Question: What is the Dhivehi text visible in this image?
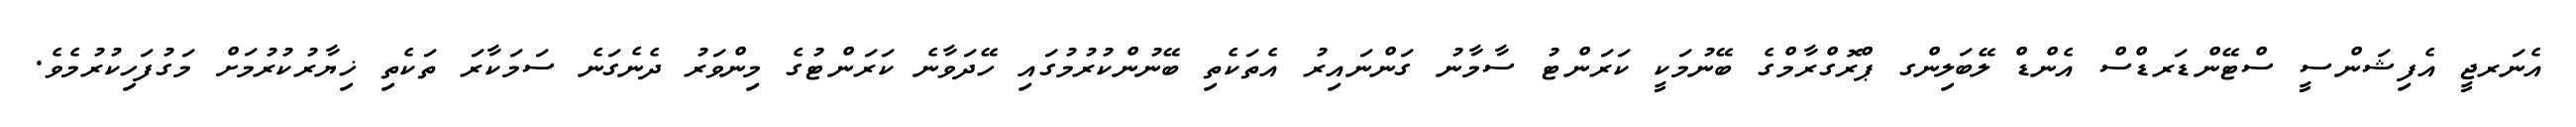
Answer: އެނަރޖީ އެފިޝަންސީ ސްޓޭންޑަރޑްސް އެންޑް ލޭބަލިންގ ޕްރޮގްރާމްގެ ބޭނުމަކީ ކަރަންޓު ސާމާނު ގަންނައިރު އެތަކެތި ބޭނުންކުރުމުގައި ހޭދަވާނެ ކަރަންޓުގެ މިންވަރު ދެނެގަނެ ސަމަކާރަ ތަކެތި ޚިޔާރުކުރުމަށް މަގުފަހިކުރުމެވެ.